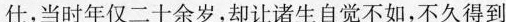
仕,当时年仅二十余岁，却让诸生自觉不如,不久得到